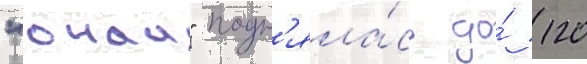
"онаи" подн'яла́сь до́ 120